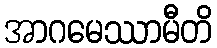
အာဂမေဿာမီတိ